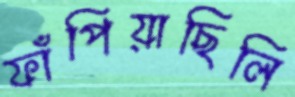
ফাঁপিয়াছিলি